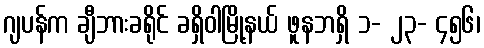
ဂျပန်က ချီဘားခရိုင် ခရှိဝါမြို့နယ် ဖူနဘရှိ ၁- ၂၃- ၄၅၆၊